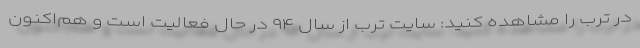
در ترب را مشاهده کنید: سایت ترب از سال ۹۴ در حال فعالیت است و هم‌اکنون